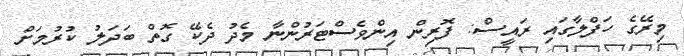
މިރޭގެ ހަފްލާގައި ރައީސް: ފޮރިން އިންވެސްޓަރުންނާ މެދު ދެކޭ ގޮތް ބަދަލު ކުރުމަށް